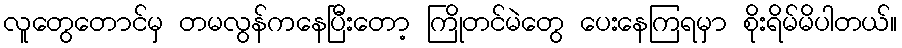
လူတွေတောင်မှ တမလွန်ကနေပြီးတော့ ကြိုတင်မဲတွေ ပေးနေကြရမှာ စိုးရိမ်မိပါတယ်။